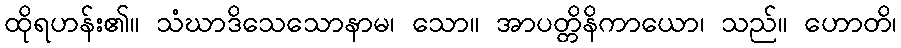
ထိုရဟန်း၏။ သံဃာဒိသေသောနာမ၊ သော။ အာပတ္တိနိကာယော၊ သည်။ ဟောတိ၊